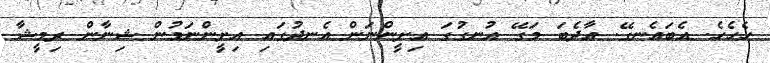
ހެހެހެ. އެބައެނގޭ. އާދެބަ މަގޭ އުނގުގަ އިށީންނަން އެނދުގައި އިށީންނަމުން ޝިނާން ރިމީޝާ